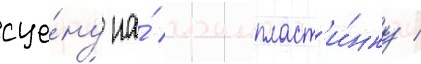
сце́ну на́ грампласт'и́нку /